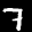
Label: 7